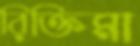
রিক্তিমা